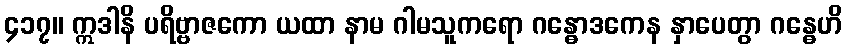
၄၁၇။ ဣဒါနိ ပရိဗ္ဗာဇကော ယထာ နာမ ဂါမသူကရော ဂန္ဓောဒကေန နှာပေတွာ ဂန္ဓေဟိ